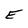
Character: E